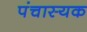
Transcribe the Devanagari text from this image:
पंचास्यक